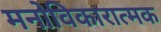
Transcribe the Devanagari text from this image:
मनोविकारात्मक